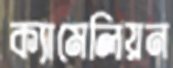
ক্যামেলিয়ন